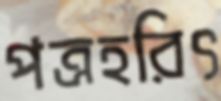
পত্রহরিৎ